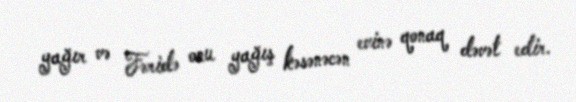
yağır və Fəridə onu yağış kəsənəcən evinə qonaq dəvət edir.